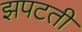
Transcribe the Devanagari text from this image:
झपटती